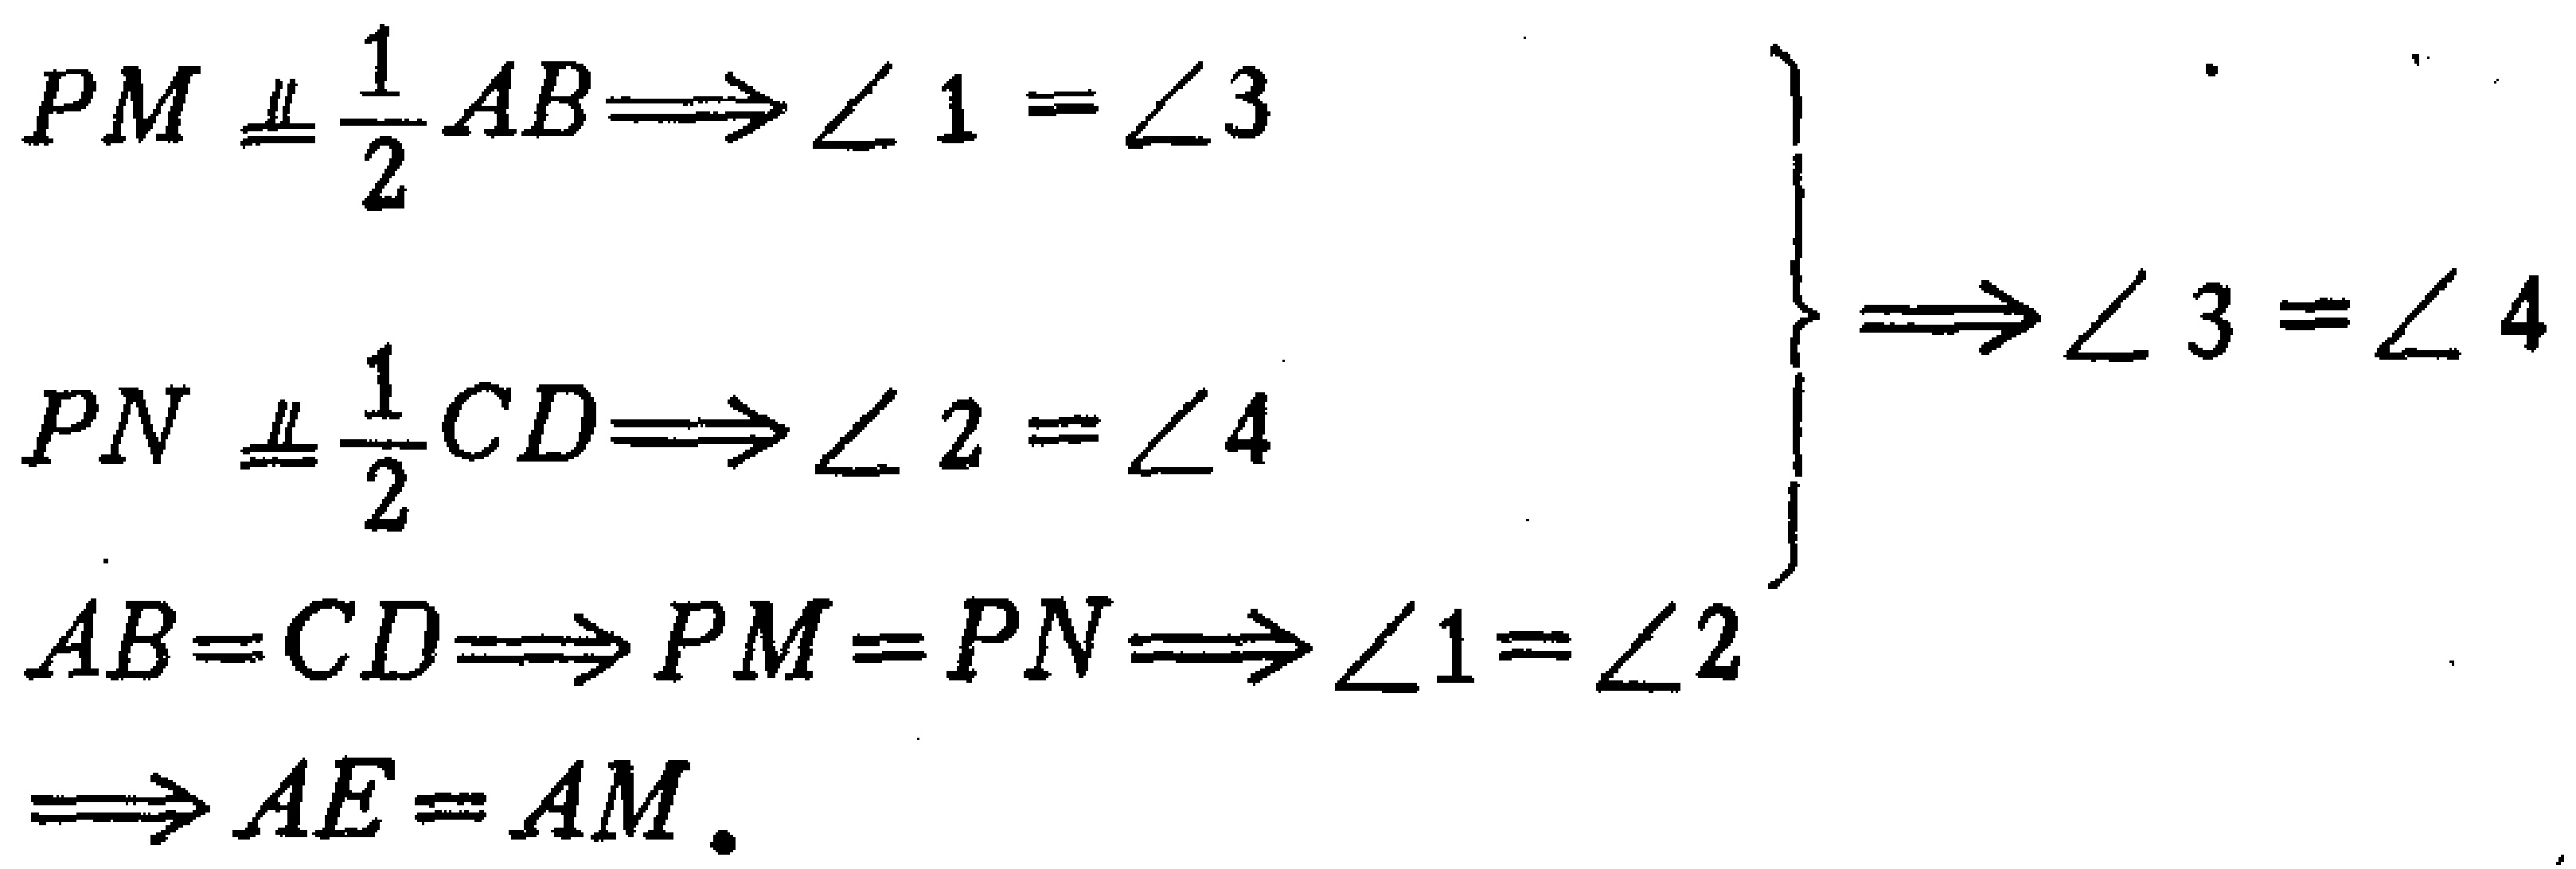
\[

\begin{align*}

PM \equalparallel \frac{1}{2}AB&\Longrightarrow \angle 1 = \angle 3\\

PN \equalparallel \frac{1}{2}CD&\Longrightarrow \angle 2 = \angle 4\\

AB = CD&\Longrightarrow PM = PN\Longrightarrow \angle 1 = \angle 2\\

&\left.\begin{array}{l}

\\

\\

\end{array}\right\}

\Longrightarrow \angle 3 = \angle 4\\

&\Longrightarrow AE = AM.

\end{align*}

\]